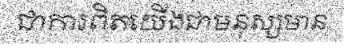
ជាការពិតយើងជាមនុស្សមាន